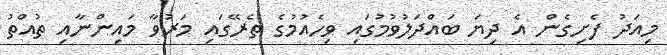
މިއަދު ފެށިގެން އެ ދިޔަ ބައްދަލުވުމުގައި ވިހެއުމުގެ ތެރޭގައި މަރުވާ މައިންނާއި ތުއްތު